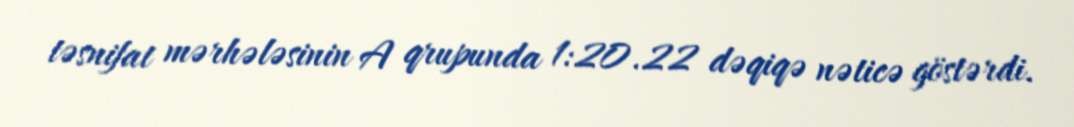
təsnifat mərhələsinin A qrupunda 1:20.22 dəqiqə nəticə göstərdi.